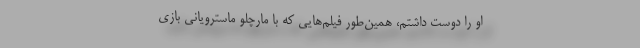
او را دوست داشتم، همین‌طور فیلم‌هایی که با مارچلو ماسترویانی بازی